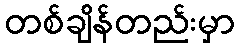
တစ်ချိန်တည်းမှာ